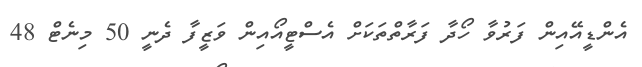
އެންޑީއޭއިން ފަރުވާ ހޯދާ ފަރާތްތަކަށް އެސްޓީއޯއިން ވަޒީފާ ދެނީ 50 މިނެޓް 48